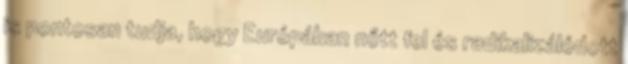
is pontosan tudja, hogy Európában nőtt fel és radikalizálódott